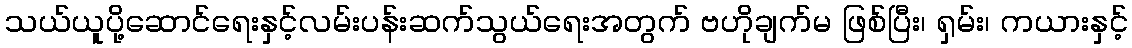
သယ်ယူပို့ဆောင်ရေးနှင့်လမ်းပန်းဆက်သွယ်ရေးအတွက် ဗဟိုချက်မ ဖြစ်ပြီး၊ ရှမ်း၊ ကယားနှင့်